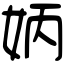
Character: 𡛦